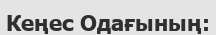
Кеңес Одағының: